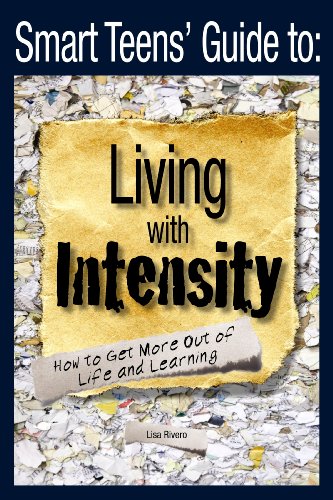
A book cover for Smart Teens' Guide to Living with Intensity: How to Get More Out of Life and Learning; Lisa Rivero; Teen & Young Adult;